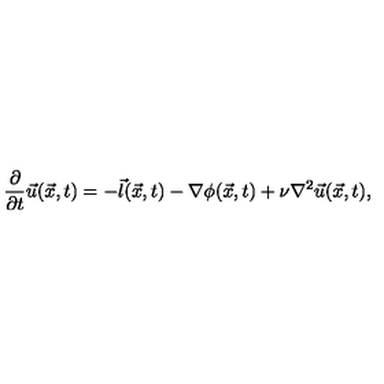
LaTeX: { \frac { \partial } { \partial t } } \vec { u } ( \vec { x } , t ) = - \vec { l } ( \vec { x } , t ) - \nabla \phi ( \vec { x } , t ) + \nu \nabla ^ { 2 } \vec { u } ( \vec { x } , t ) ,